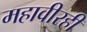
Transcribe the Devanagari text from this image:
महावीरही